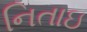
નિતાઇ